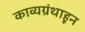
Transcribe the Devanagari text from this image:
काव्यग्रंथाहून